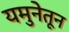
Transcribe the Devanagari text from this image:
यमुनेतून